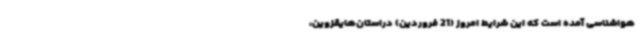
هواشناسی آمده است که این شرایط امروز (21 فروردین) دراستان‌هایقزوین،